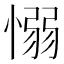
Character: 愵